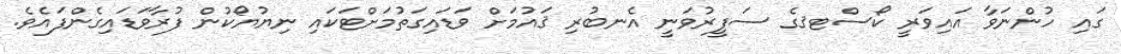
ގައި ހުންނަވާ އައިވަރީ ކޯސްޓޤގެ ސަފީރުވަނީ އެނބުރި ޤައުމަށް ވަޑައިގަތުމަށްޓަކައި ނިޔުޔޯކުން ފުރާވަޑައިގެންފައެވެ.